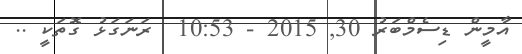
އާމީން ޑިސެމްބަރު 30